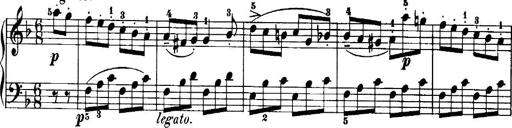
Title: 7 Sonatinas
Composer: Anton Diabelli